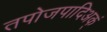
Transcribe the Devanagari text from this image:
तपोजपादिअक्ं